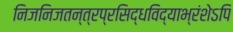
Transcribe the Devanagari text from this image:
निजनिजतन्त्रप्रसिद्धविद्याभ्रंशेऽपि